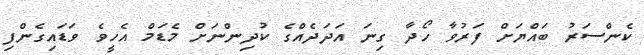
ކެންސަރު ބައްޔަށް ފަރުވާ ހޯދާ ގިނަ އަދަދެއްގެ ކުދިންނަށް މެޑަމް އެހީވެ ވަޑައިގެންފި